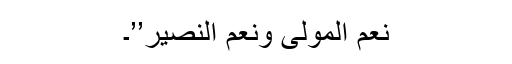
نعم المولیٰ ونعم النصیر’’۔